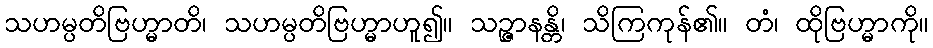
သဟမ္ပတိဗြဟ္မာတိ၊ သဟမ္ပတိဗြဟ္မာဟူ၍။ သဉ္ဇာနန္တိ၊ သိကြကုန်၏။ တံ၊ ထိုဗြဟ္မာကို။